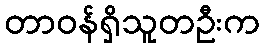
တာဝန်ရှိသူတဦးက